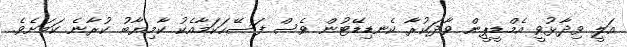
އަލީ ވިދާޅުވީ އެމްޑީޕީން ވާދަކުރާ ކެނޑިޑޭޓުން ވެސް ފަސޭހަކަމާއެކު ކާމިޔާބު ކުރާނެ ކަމަށެވެ.